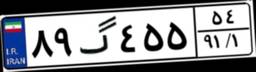
۸۹گ۴۵۵۵۴